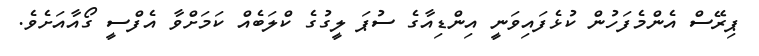
ޕިރޭސް އެންމެފަހުން ކުޅެފައިވަނީ އިންޑިއާގެ ސުޕަ ލީގުގެ ކްލަބެއް ކަމަށްވާ އެފްސީ ގޯއާއަށެވެ.